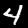
Label: 4